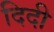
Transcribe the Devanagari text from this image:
दिदी